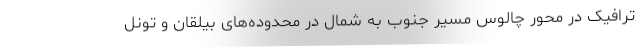
ترافیک در محور چالوس مسیر جنوب به شمال در محدوده‌های بیلقان و تونل